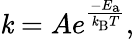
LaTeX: \mathit{k}=Ae^{\frac{{-E_{\mathrm{{{a}}}}}}{{\mathit{k}_{\mathrm{{{B}}}}T}}},